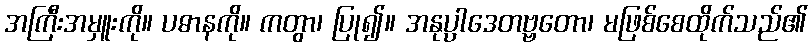
အကြီးအမှူးကို။ ပဓာနကို။ ကတွာ၊ ပြု၍။ အနုပ္ပါဒေတဗ္ဗတော၊ မဖြစ်စေထိုက်သည်၏